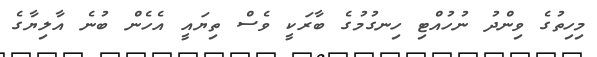
މިހިތުގެ ވިންދު ނުހުއްޓި ހިނގުމުގެ ބާރަކީ ވެސް ތިޔައީ އެހެން ބުނެ އާލިޔާގެ